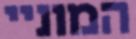
המוניי